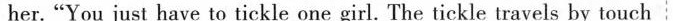
her."You just have to tickle one girl. The tickle travels by touch